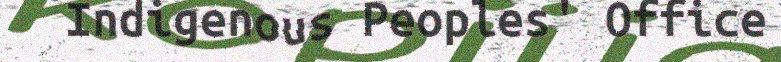
Indigenous Peoples' Office